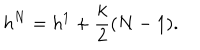
h ^ { N } = h ^ { 1 } + { \frac { k } { 2 } } ( N - 1 ) .